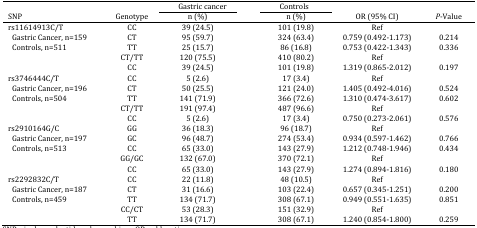
<table><thead><tr><td></td><td></td><td><b>Gastric cancer</b></td><td></td><td><b>Controls</b></td><td></td><td></td></tr><tr><td><b>SNP</b></td><td><b>Genotype</b></td><td><b>n (%)</b></td><td></td><td><b>n (%)</b></td><td><b>OR (95% CI)</b></td><td><b><i>P</i>-Value</b></td></tr></thead><tbody><tr><td>rs11614913C/T</td><td>CC</td><td>39 (24.5)</td><td></td><td>101 (19.8)</td><td>Ref</td><td></td></tr><tr><td>Gastric Cancer, n=159</td><td>CT</td><td>95 (59.7)</td><td></td><td>324 (63.4)</td><td>0.759 (0.492-1.173)</td><td>0.214</td></tr><tr><td>Controls, n=511</td><td>TT</td><td>25 (15.7)</td><td></td><td>86 (16.8)</td><td>0.753 (0.422-1.343)</td><td>0.336</td></tr><tr><td></td><td>CT/TT</td><td>120 (75.5)</td><td></td><td>410 (80.2)</td><td>Ref</td><td></td></tr><tr><td></td><td>CC</td><td>39 (24.5)</td><td></td><td>101 (19.8)</td><td>1.319 (0.865-2.012)</td><td>0.197</td></tr><tr><td>rs3746444C/T</td><td>CC</td><td>5 (2.6)</td><td></td><td>17 (3.4)</td><td>Ref</td><td></td></tr><tr><td>Gastric Cancer, n=196</td><td>CT</td><td>50 (25.5)</td><td></td><td>121 (24.0)</td><td>1.405 (0.492-4.016)</td><td>0.524</td></tr><tr><td>Controls, n=504</td><td>TT</td><td>141 (71.9)</td><td></td><td>366 (72.6)</td><td>1.310 (0.474-3.617)</td><td>0.602</td></tr><tr><td></td><td>CT/TT</td><td>191 (97.4)</td><td></td><td>487 (96.6)</td><td>Ref</td><td></td></tr><tr><td></td><td>CC</td><td>5 (2.6)</td><td></td><td>17 (3.4)</td><td>0.750 (0.273-2.061)</td><td>0.576</td></tr><tr><td>rs2910164G/C</td><td>GG</td><td>36 (18.3)</td><td></td><td>96 (18.7)</td><td>Ref</td><td></td></tr><tr><td>Gastric Cancer, n=197</td><td>GC</td><td>96 (48.7)</td><td></td><td>274 (53.4)</td><td>0.934 (0.597-1.462)</td><td>0.766</td></tr><tr><td>Controls, n=513</td><td>CC</td><td>65 (33.0)</td><td></td><td>143 (27.9)</td><td>1.212 (0.748-1.946)</td><td>0.434</td></tr><tr><td></td><td>GG/GC</td><td>132 (67.0)</td><td></td><td>370 (72.1)</td><td>Ref</td><td></td></tr><tr><td></td><td>CC</td><td>65 (33.0)</td><td></td><td>143 (27.9)</td><td>1.274 (0.894-1.816)</td><td>0.180</td></tr><tr><td>rs2292832C/T</td><td>CC</td><td>22 (11.8)</td><td></td><td>48 (10.5)</td><td>Ref</td><td></td></tr><tr><td>Gastric Cancer, n=187</td><td>CT</td><td>31 (16.6)</td><td></td><td>103 (22.4)</td><td>0.657 (0.345-1.251)</td><td>0.200</td></tr><tr><td>Controls, n=459</td><td>TT</td><td>134 (71.7)</td><td></td><td>308 (67.1)</td><td>0.949 (0.551-1.635)</td><td>0.851</td></tr><tr><td></td><td>CC/CT</td><td>53 (28.3)</td><td></td><td>151 (32.9)</td><td>Ref</td><td></td></tr><tr><td></td><td>TT</td><td>134 (71.7)</td><td></td><td>308 (67.1)</td><td>1.240 (0.854-1.800)</td><td>0.259</td></tr></tbody></table>